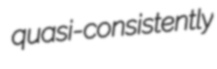
quasi-consistently